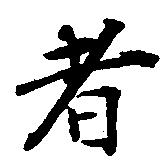
者